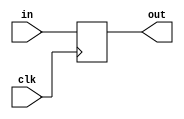
`default_nettype none

module register #( parameter W=1 ) (
    input wire clk, 
    input wire  [W-1:0] in,
    output reg  [W-1:0] out
  );

  always @( posedge clk )
    out <= in;
endmodule